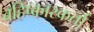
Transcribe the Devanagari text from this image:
बहिष्कारकर्ता